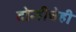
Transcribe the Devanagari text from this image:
दोन्हीचेही